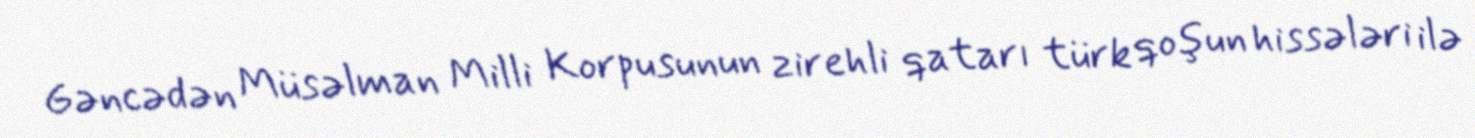
Gəncədən Müsəlman Milli Korpusunun zirehli qatarı türk qoşun hissələri ilə